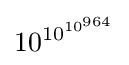
10^{10^{10^{964}}}